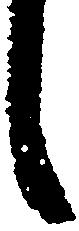
言